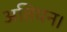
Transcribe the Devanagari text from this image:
अतियन।